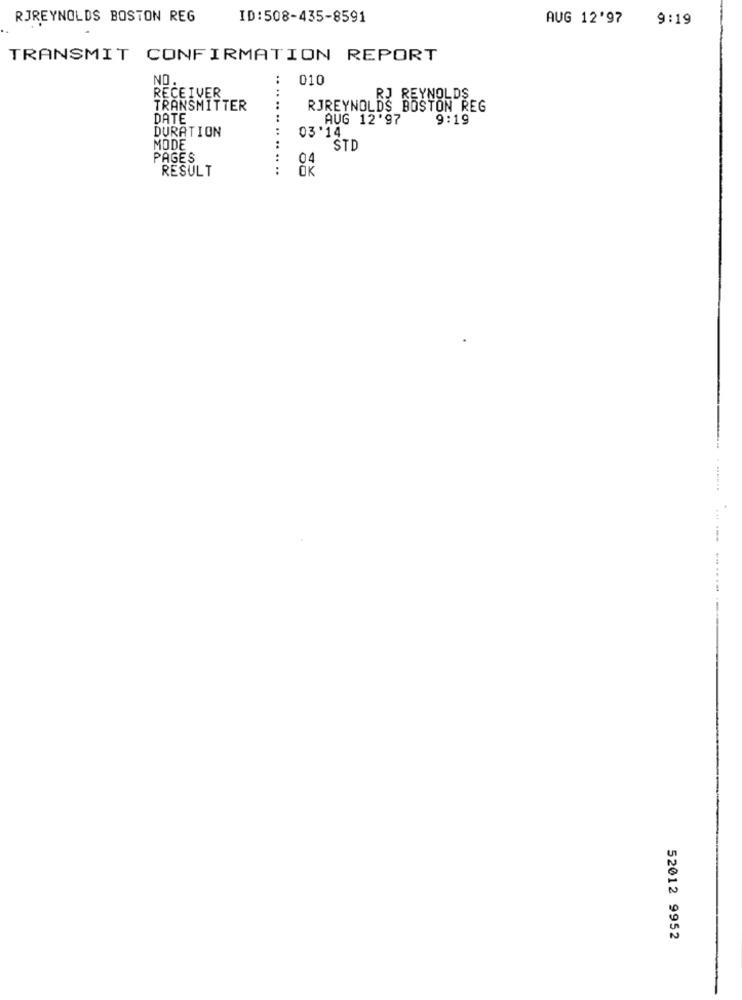
RJREYNOLDS BOSTON REG
ID:508-435-8591
AUG 12'97
9:19
TRANSMIT CONFIRMATION REPORT
NO.
010
RECEIVER
RJ REYNOLDS
TRANSMITTER
RJREYNOLDS BOSTON REG
DATE
AUG 12'97
9:19
DURATION
03'14
MODE
STD
PAGES
04
RESULT
OK
52012 9952